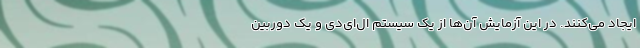
ایجاد می‌کنند. در این آزمایش آن‌ها از یک سیستم ال‌ای‌دی و یک دوربین